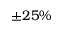
\pm 2 5 \%